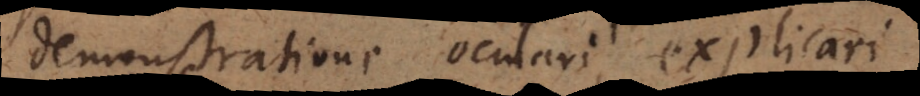
demonstratione oculari explicari